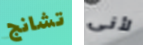
تشانج لأنى